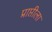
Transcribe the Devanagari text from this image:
प्राप्तीला